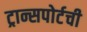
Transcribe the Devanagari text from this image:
ट्रान्सपोर्टची